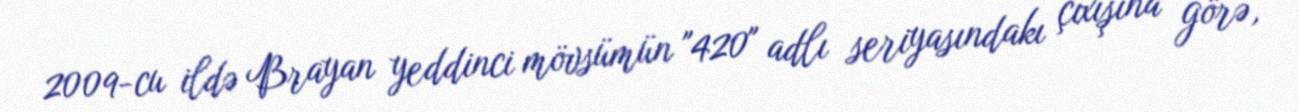
2009-cu ildə Brayan yeddinci mövsümün "420" adlı seriyasındakı çıxışına görə,